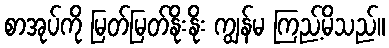
စာအုပ်ကို မြတ်မြတ်နိုးနိုး ကျွန်မ ကြည့်မိသည်။